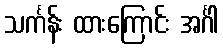
သင်္ကန်း ထားကြောင်း အင်္ဂါ